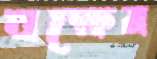
যক্ষের